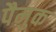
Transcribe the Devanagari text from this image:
पैमुक